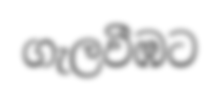
ගැලවීඹට